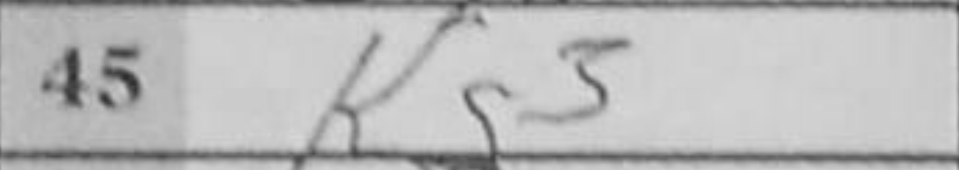
Transcription: Kg3